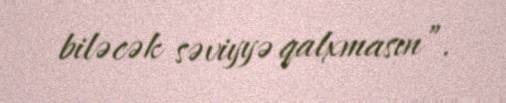
biləcək səviyyə qalxmasın”.